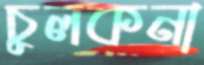
চুলকনা